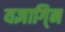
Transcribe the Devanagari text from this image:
यज्ञागि्न